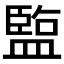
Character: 𬐱